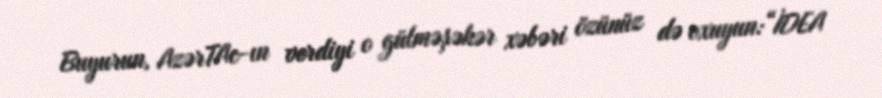
Buyurun, AzərTAc-ın verdiyi o gülməşəkər xəbəri özünüz də oxuyun:“İDEA